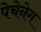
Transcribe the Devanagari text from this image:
पेचेनेग